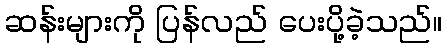
ဆန်းများကို ပြန်လည် ပေးပို့ခဲ့သည်။